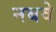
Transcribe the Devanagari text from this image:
नबवे